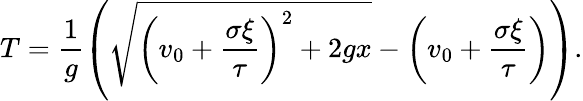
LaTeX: T=\frac{1}{g}\left(\sqrt{\left(v_{0}+\frac{\sigma\xi}{\tau}\right)^{2}+2gx}-\left(v_{0}+\frac{\sigma\xi}{\tau}\right)\right).